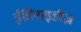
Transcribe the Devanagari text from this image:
ईडियाइडीज़